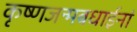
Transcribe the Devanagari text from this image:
कृष्णजन्मबधाईनां